Insane asylums in Bengal annual reports 1867-1875 - 1867-1875
Year: 1867
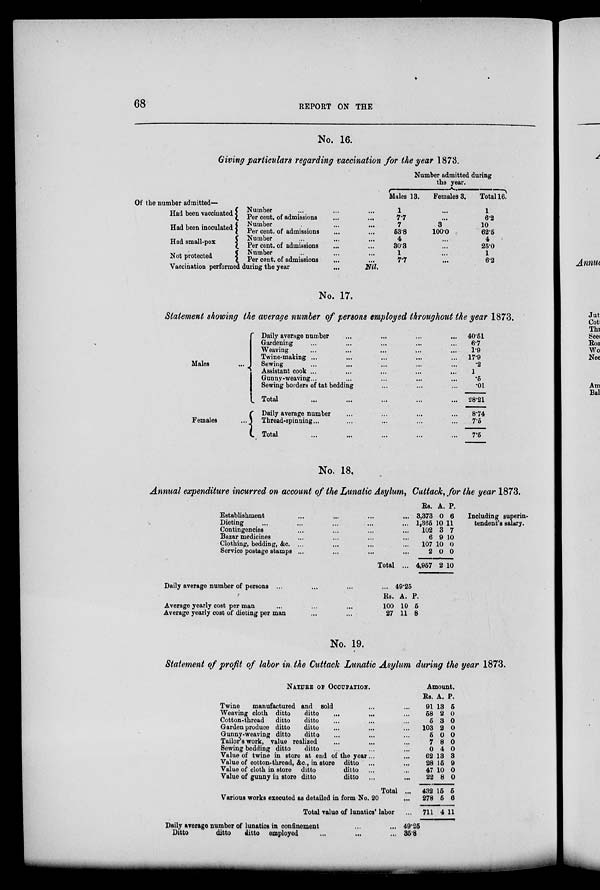
68
REPORT ON THE
No. 16.
Giving particulars regarding vaccination for the year 1873.
Of the number admitted—
Had been vaccinated
Had been inoculated
Had small-pox
Not protected
Number ... ... ...
Per cent. of admissions ... ...
Number ... ... ...
Per cent. of admissions ... ...
Number ... ... ...
Per cent. of admissions ... ...
Number ... ... ...
Per cent. of admissions ... ...
Vaccination performed during the year
...
Nil.
Number admitted during
the year.
Males 13.
1
7.7
7
53.8
4
30.3
1
7.7
Females 3.
...
...
3
100.0
...
...
...
...
Total 16
1
6.2
10
62.5
4
25.0
1
6.2
No. 17.
Statement showing the average number of persons employed throughout the year 1873.
Males ...
Females
...
Daily average number ... ... ... ...
Gardening ... ... ... ... ...
Weaving ... ... ... ... ...
Twine-making ... ... ... ... ...
Sewing ... ... ... ... ...
Assistant cook ... ... ... ... ...
Gunny-weaving... ... ... ... ...
Sewing borders of tat bedding ... ... ...
Total ... ... ... ... ...
Daily average number ... ... ... ...
Thread-spinning... ... ... ... ...
Total ... ... ... ... ...
40.51
6.7
1.9
17.9
.2
1
.5
.01
28.21
8.74
7.5
7.5
No. 18.
Annual expenditure incurred on account of the Lunatic Asylum, Cuttack, for the pear 1873.
Establishment ... ... ... ... ... ... ...
Dieting ... ... ... ... ... ... ... ... ...
Contingencies ... ... ... ... ... ... ...
Bazar medicines ... ... ... ... ... ...
Clothing, bedding, &c. ... ... ... ...
Service postage stamps ... ... ... ... ...
Total ...
Rs.
3,373
1,365
102
6
107
2
4,957
A.
0
10
3
9
10
0
2
P.
6
11
7
10
0
0
10
Inoluding superin-
tendent's salary.
Daily average number of persons ... ... ... ... ...
Average yearly cost per man ... ... ...
Average yearly cost of dieting per man ... ...
Rs.
100
27
49.25
A.
10
11
P.
5
8
No. 19.
Statement of profit of labor in the Cuttack Lunatic Asylum during the year 1873.
NATURE OF OCCUPATION.
Twine
manufactured and sold ... ...
Weaving cloth ditto
ditto
... ... ... ...
Cotton-thread
ditto
ditto ... ... ...
Garden produce ditto
ditto ... ... ...
Gunny-weaving ditto
ditto ... ... ...
Tailor's work, value realized ... ... ...
Sewing bedding ditto
ditto ... ... ...
Value of twine in store at end of the year... ...
Value of cotton-thread, &c., in store ditto ... ...
Value of cloth in store ditto
ditto ... ...
Value of gunny iu store ditto
ditto ... ...
Total ...
Various works executed as detailed in form No. 20 ...
Total value of lunatics' labor ...
Amount.
Rs.
91
58
5
103
5
7
0
62
28
47
22
432
278
711
A.
13
2
3
2
0
8
4
13
15
10
8
15
5
4
P.
5
0
0
0
0
0
0
3
9
0
0
5
6
11
Daily average number of lunatics in confinement ... ...
Ditto
ditto
ditto employed ... ... ...
49.25
35.8